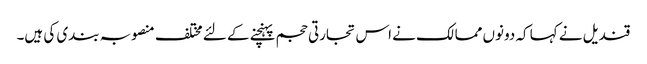
قندیل نے کہا کہ دونوں ممالک نے اس تجارتی حجم پہنچنے کے لئے مختلف منصوبہ بندی کی ہیں۔